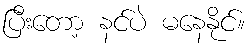
ပြီးတော့ နင်ပဲ မနေနိုင်။